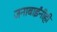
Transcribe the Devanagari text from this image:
जनाबाईंनीही